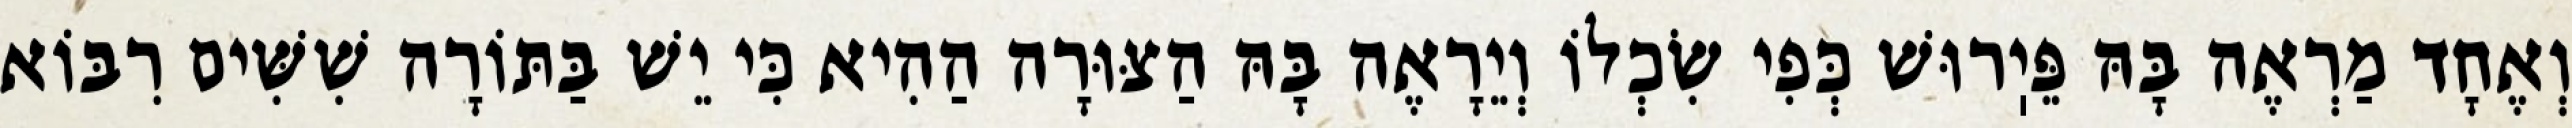
וְאֶחָד מַרְאֶה בָּהּ פֵּיֽרוּשׁ כְּפִי שִׂכְלוֹ וְיֵרָאֶה בָּהּ הַצּוּרָה הַהִיא כִּי יֵשׁ בַּתּוֹרָה שִׁשִּׁים רִבּוֹא